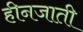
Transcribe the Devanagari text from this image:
हीनजाती